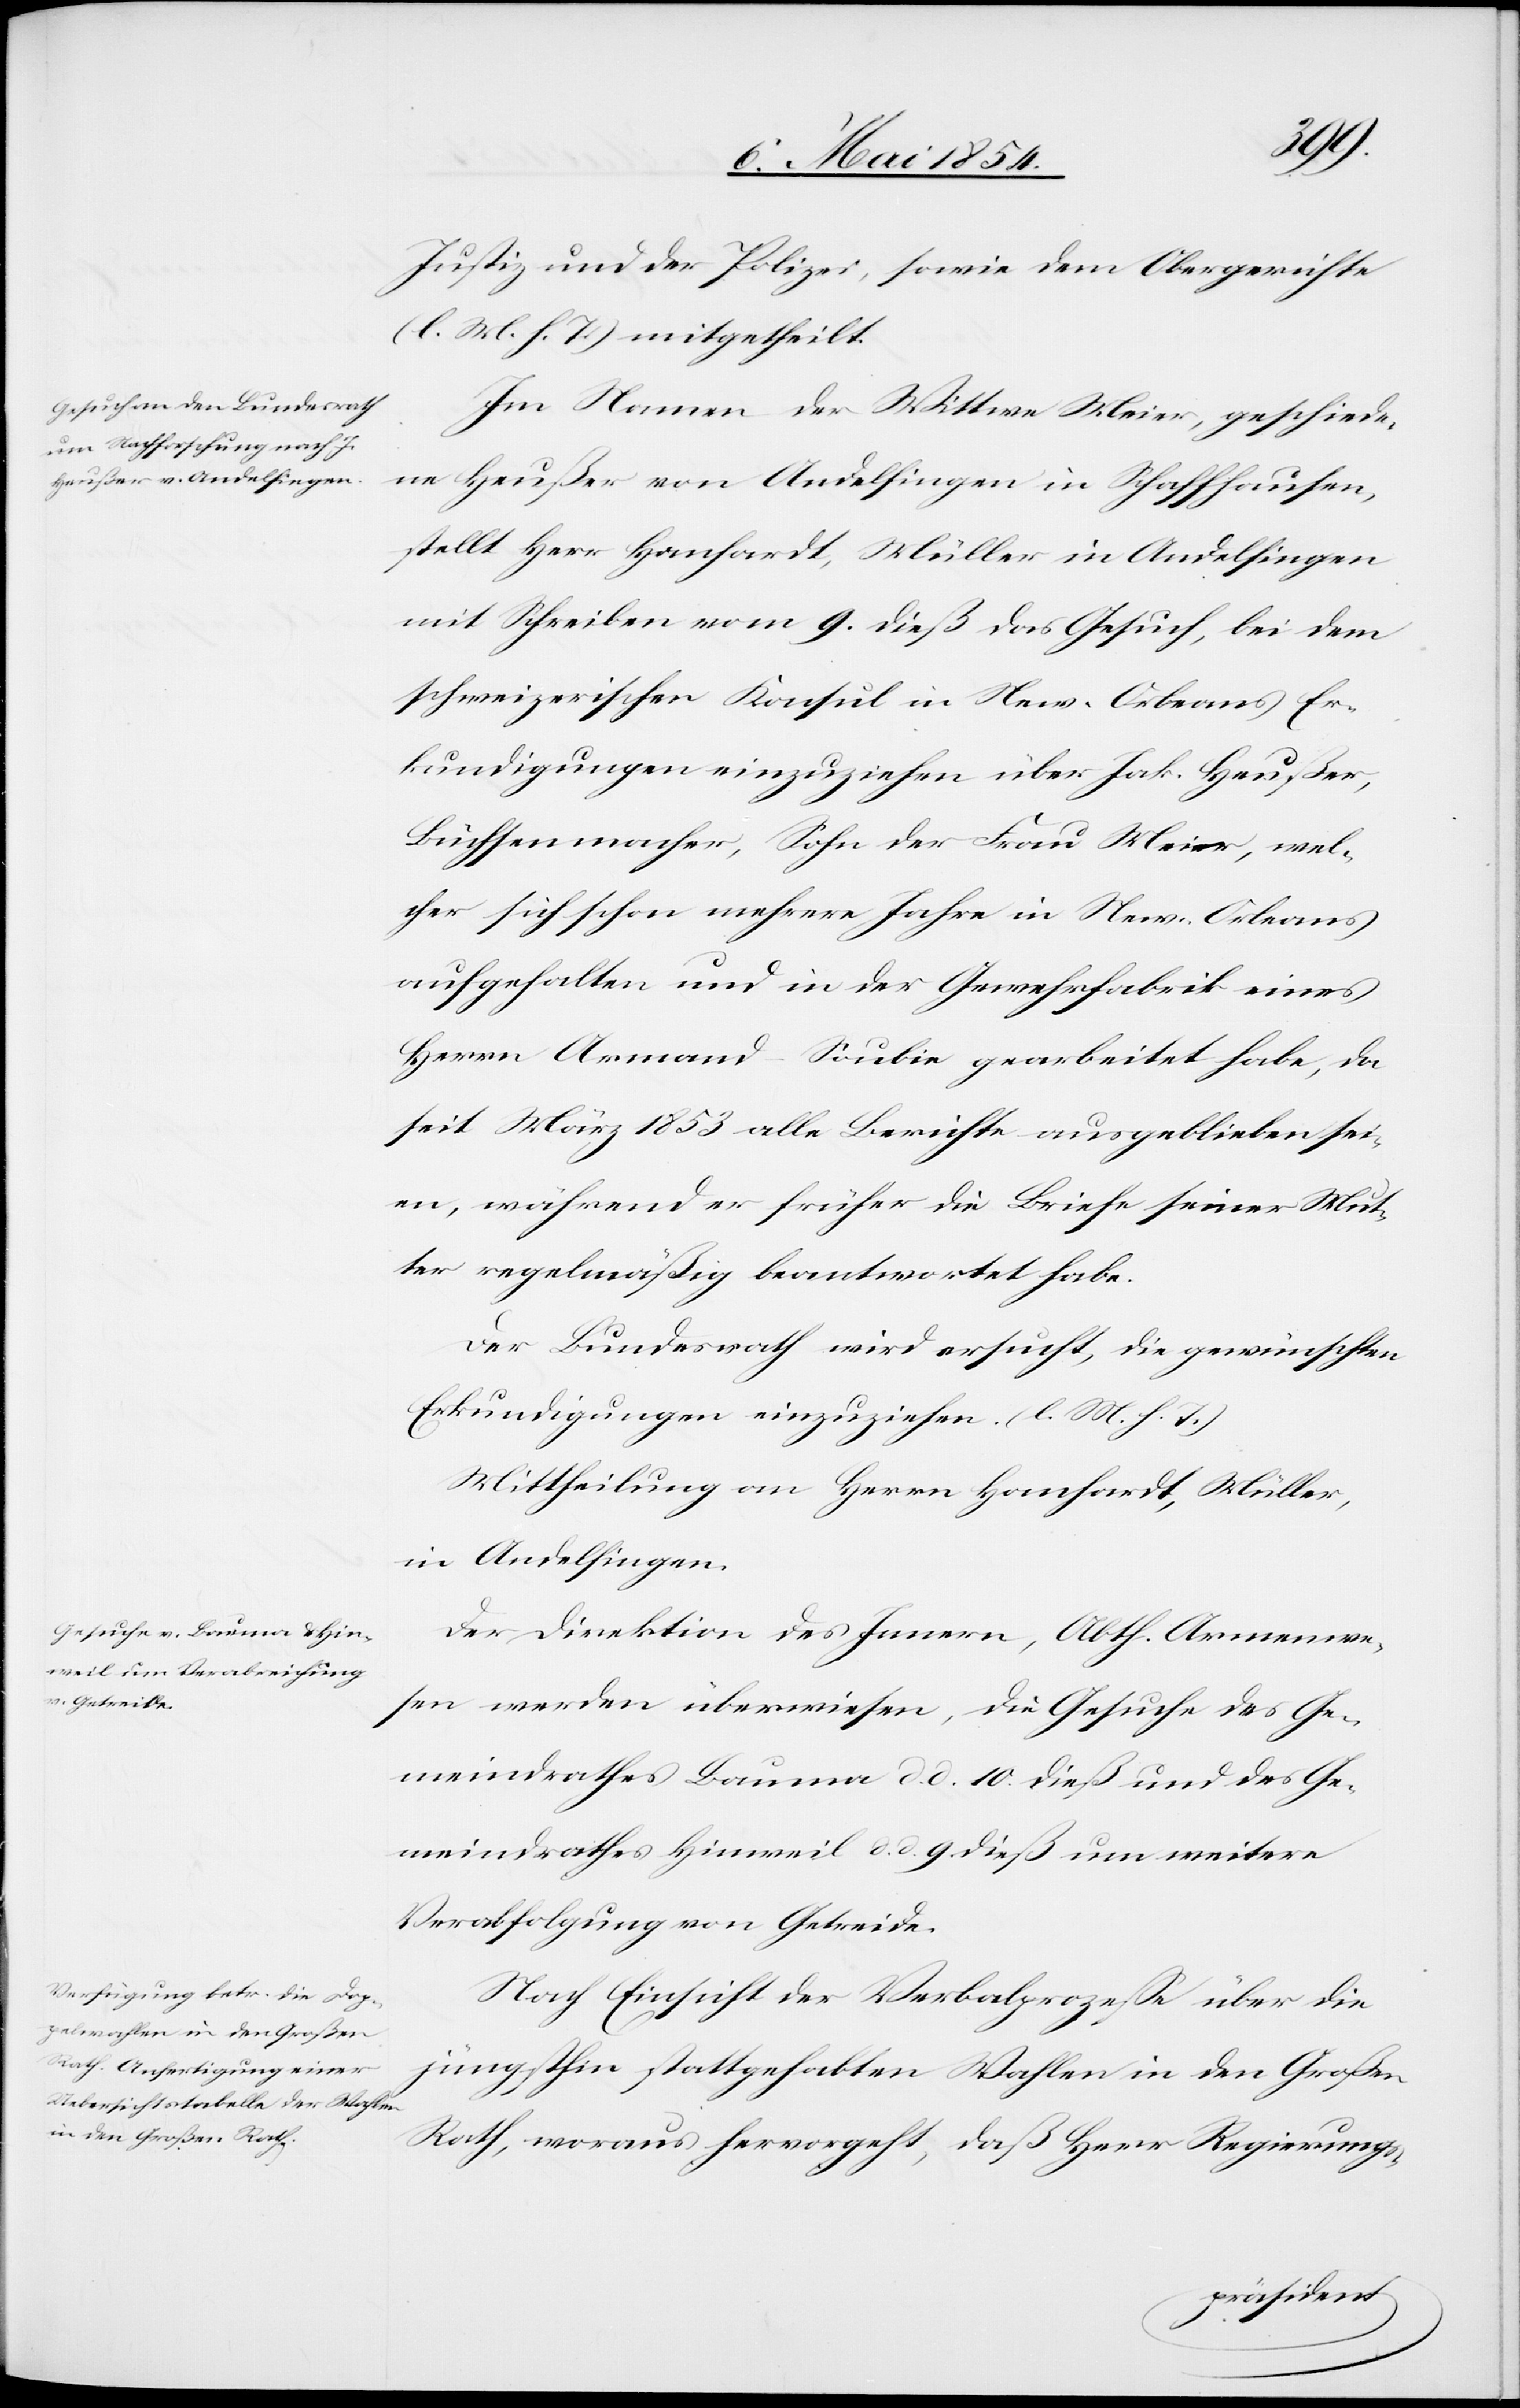
11. Mai 1854.]
Justiz und der Polizei, sowie dem Obergerichtes
(l. M. h. T.) mitgetheilt.
Im Namen der Wittwe Meier, geschiede¬
ne Heußer von Andelfingen in Schaffhausen,
stellt Herr Hanhardt, Müller in Andelfingen
mit Schreiben vom 9. dieß das Gesuch, bei dem
schweizerischen Konsul in New-Orleans Er¬
kundigungen einzuziehen über Jak. Heußer,
Büchsenmacher, Sohn der Frau Meier, wel¬
cher sich schon mehrere Jahre in New-Orleans
aufgehalten und in der Gewehrfabrik eines
Herrn Armand Soubie gearbeitet habe, da
seit März 1853 alle Berichte ausgeblieben sei¬
en, während er früher die Briefe seiner Mut¬
ter regelmäßig beantwortet habe.
Der Bundesrath wird ersucht, die gewünschten
Erkundigungen einzuziehen. (l. M. h. T.)
Mittheilung an Herrn Hanhardt, Müller,
in Andelfingen.
Der Direktion des Innern, Abth. Armenwe¬
sen werden überwiesen, die Gesuche des Ge¬
meindrathes Bauma d. d. 10. dieß und des Ge¬
meindrathes Hinweil d. d. 9. dieß um weitere
Verabfolgung von Getreide.
Nach Einsicht der Verbalprozeße über die
jüngsthin stattgehabten Wahlen in den Großen
Rath, woraus hervorgeht, daß Herr Regierungs-